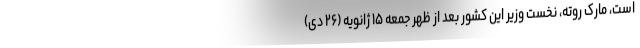
است، مارک روته، نخست وزیر این کشور بعد از ظهر جمعه ۱۵ ژانویه (۲۶ دی)